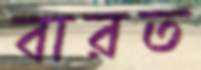
বারত